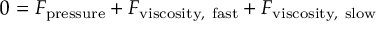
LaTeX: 0 = F _ { \mathrm { p r e s s u r e } } + F _ { \mathrm { v i s c o s i t y , ~ f a s t } } + F _ { \mathrm { v i s c o s i t y , ~ s l o w } }